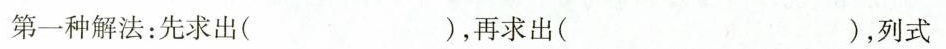
第一种解法：先求出( )，再求出( )，列式计算( )